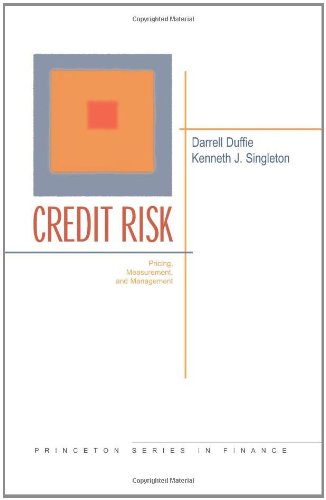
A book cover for Credit Risk: Pricing, Measurement, and Management (Princeton Series in Finance); Darrell Duffie; Business & Money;